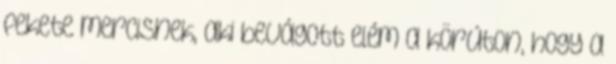
fekete mercisnek, aki bevágott elém a körúton, hogy a